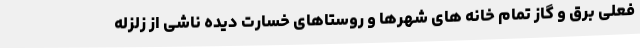
فعلی برق و گاز تمام خانه های شهرها و روستاهای خسارت دیده ناشی از زلزله